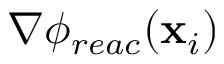
\nabla \phi _ { r e a c } ( \mathbf { x } _ { i } )